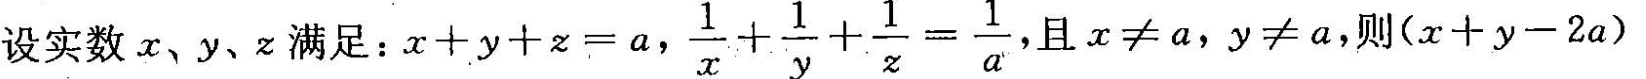
$$(χ-α)=___$$。